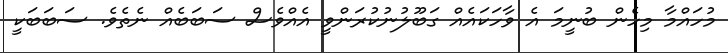
މުހައްމާ މިހެން ބުނީމަ އެ ވާހަކައެއް ގަބޫލުނުކުރަންވީ އެއްވެސް ސަބަބެއް ނެތެވެ. ސަބަބަކީ